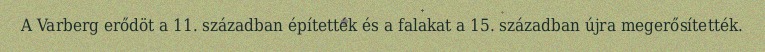
A Varberg erődöt a 11. században építették és a falakat a 15. században újra megerősítették.